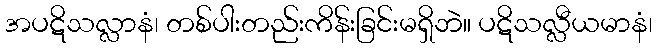
အပဋိသလ္လာနံ၊ တစ်ပါးတည်းကိန်းခြင်းမရှိဘဲ။ ပဋိသလ္လီယမာနံ၊